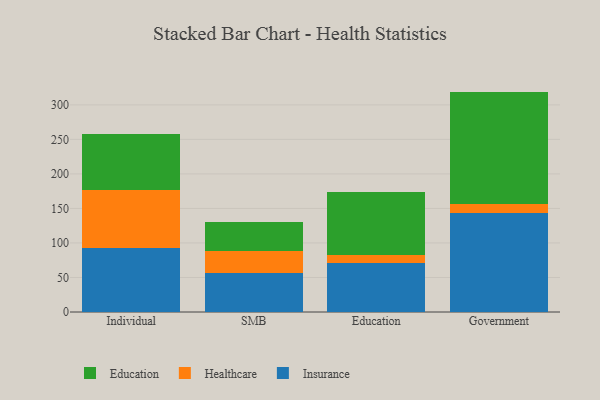
{"axis": {"x": "Segment", "y": "Humidity (%)"}, "legend": ["Education", "Healthcare", "Insurance"], "data": [{"x": "Individual", "y": 92.5, "type": "Insurance"}, {"x": "Individual", "y": 84.3, "type": "Healthcare"}, {"x": "Individual", "y": 80.8, "type": "Education"}, {"x": "SMB", "y": 55.8, "type": "Insurance"}, {"x": "SMB", "y": 32.5, "type": "Healthcare"}, {"x": "SMB", "y": 41.8, "type": "Education"}, {"x": "Education", "y": 71.4, "type": "Insurance"}, {"x": "Education", "y": 11.1, "type": "Healthcare"}, {"x": "Education", "y": 90.8, "type": "Education"}, {"x": "Government", "y": 144.1, "type": "Insurance"}, {"x": "Government", "y": 12.5, "type": "Healthcare"}, {"x": "Government", "y": 162.6, "type": "Education"}]}